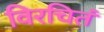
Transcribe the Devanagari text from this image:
विरचितं